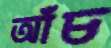
আঁচ